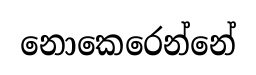
නොකෙරෙන්නේ